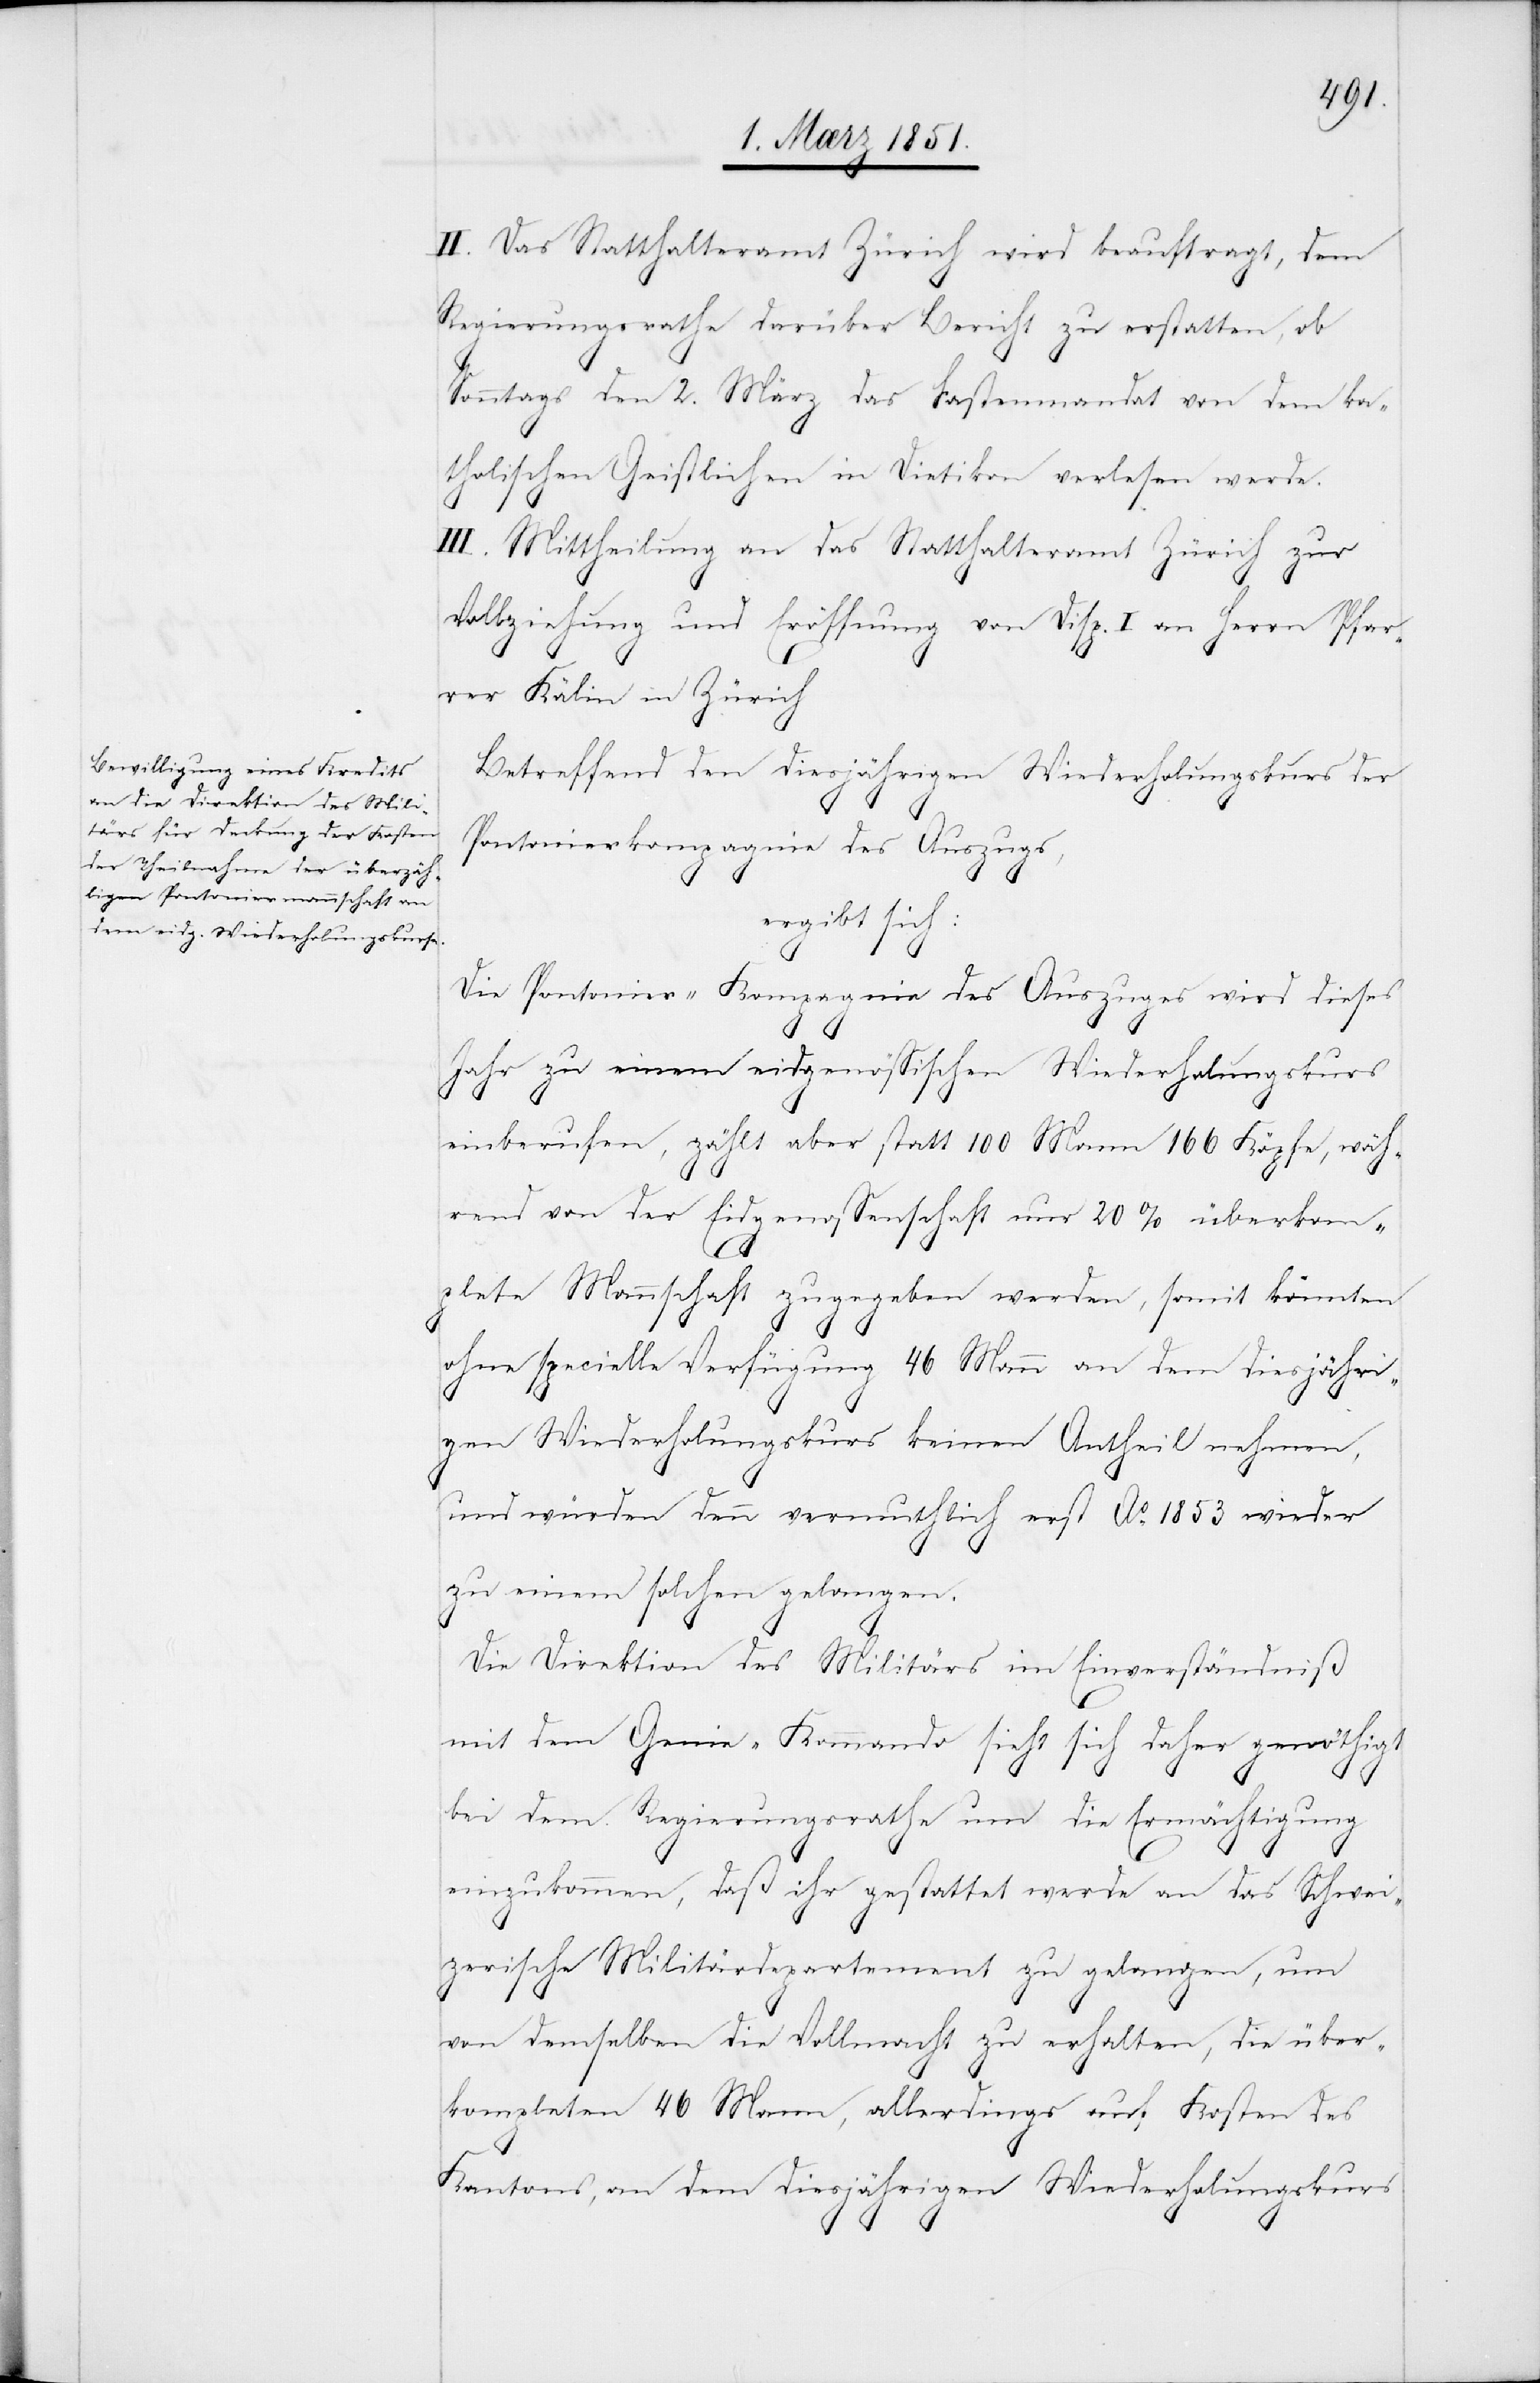
II. Das Statthalteramt Zürich wird beauftragt, dem
Regierungsrathe darüber Bericht zu erstatten, ob
Sonntags den 2. März das Fastenmandat von dem ka¬
tholischen Geistlichen in Dietikon verlesen werde.
III. Mittheilung an das Statthalteramt Zürich zur
Vollziehung und Eröffnung von Disp. I. an Herrn Pfar¬
rer Kälin in Züric¬
Betreffend den diesjährigen Wiederholungskurs der
Pontonierkompagnie des Auszugs,
ergibt sich:
Die Pontonier-Kompagnie des Auszuges wird dieses
Jahr zu einem eidgenössischen Wiederholungskurs
einberufen, zählt aber statt 100 Mann 166 Köpfe, wäh¬
rend von der Eidgenossenschaft nur 20% überkom¬
plete Mannschaft zugegeben werden, somit könnten
ohne specielle Verfügung 46 Mann an dem diesjähri¬
gen Wiederholungskurs keinen Antheil nehmen,
und würden denn vermuthlich erst Ao. 1853 wieder
zu einem solchen gelangen.
Die Direktion des Militärs im Einverständniß
mit dem Genie-Kommando sieht sich daher genöthigt
bei dem Regierungsrathe um die Ermächtigung
einzukommen, daß ihr gestattet werde an das schwei¬
zerische Militärdepartement zu gelangen, um
von demselben die Vollmacht zu erhalten, die über¬
kompleten 46 Mann, allerdings auf Kosten des
Kantons, an dem diesjährigen Wiederholungskurs
h[.]